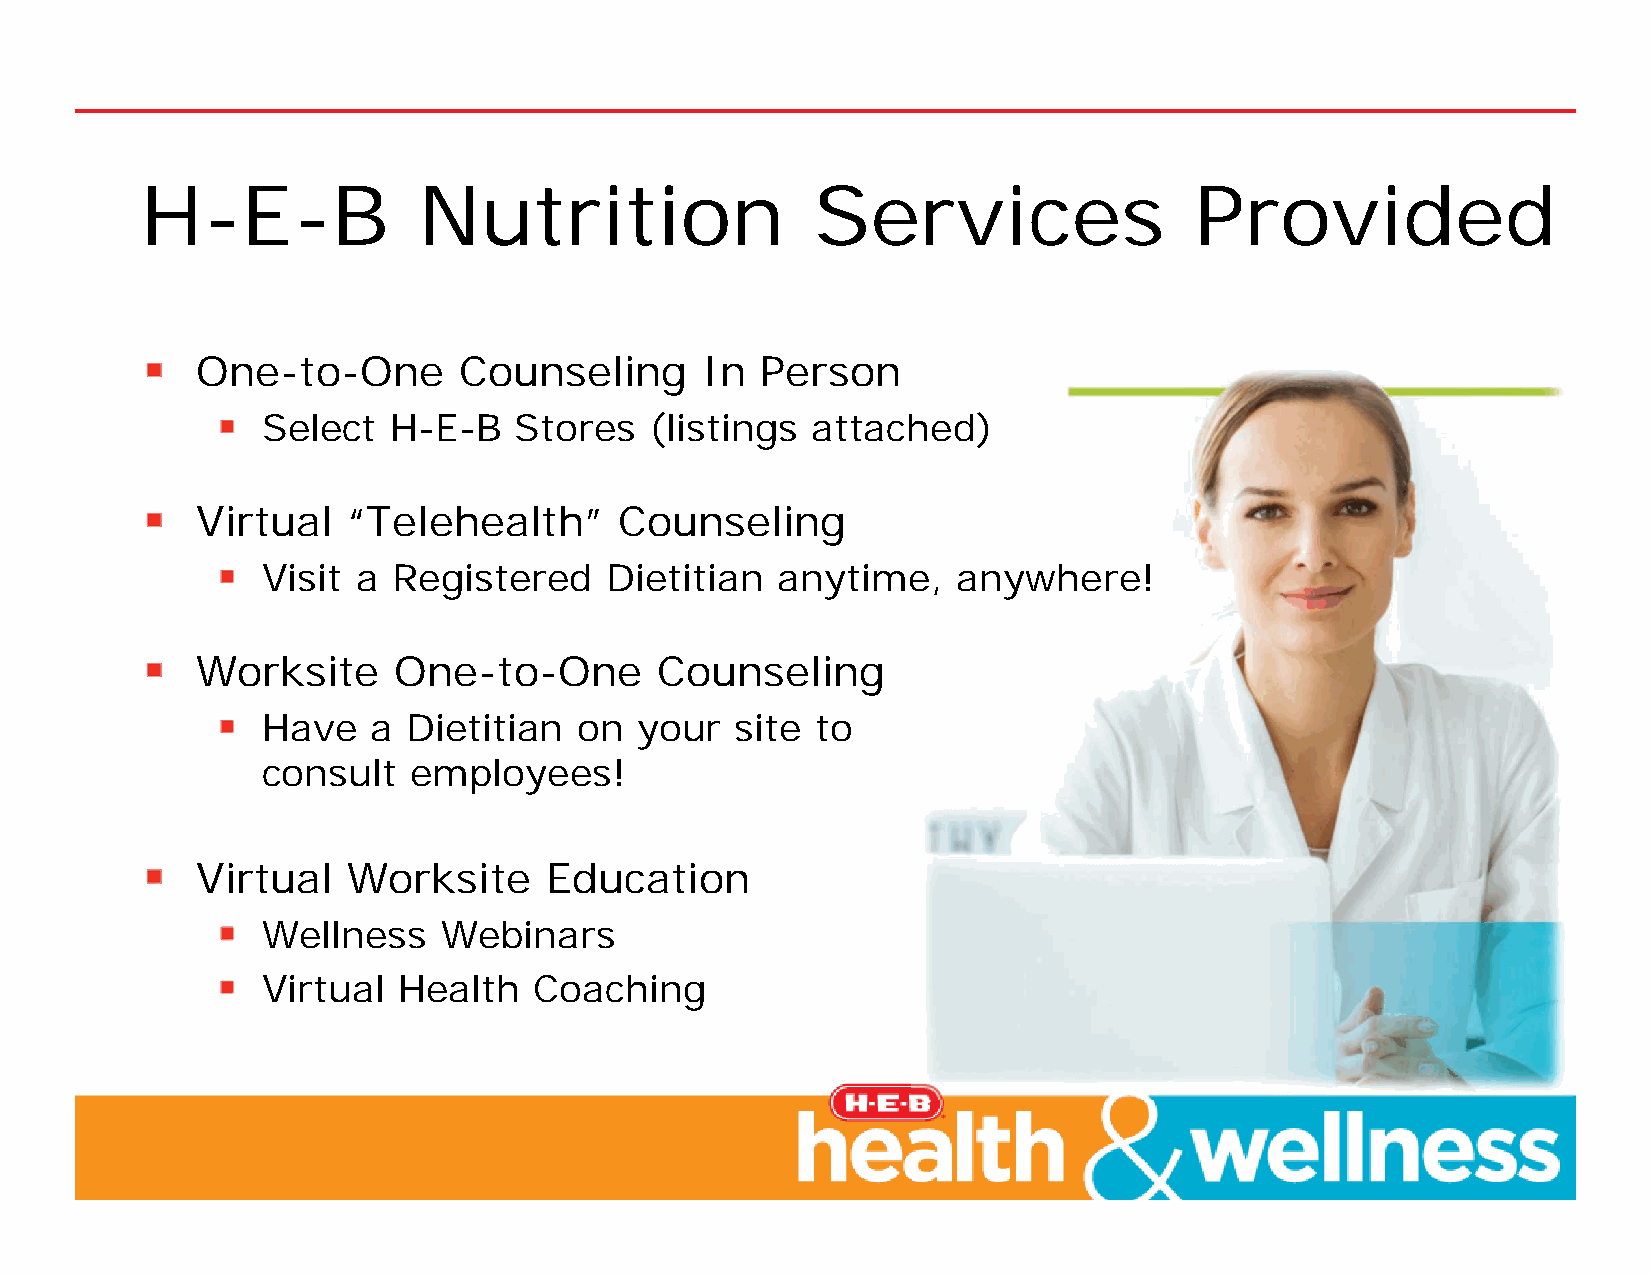
H-E-B              Nutrition                 Services                 Provided
 One-to-One       Counseling      In  Person
 Select   H-E-B   Stores   (listings  attached)
 Virtual   “Telehealth”      Counseling
 Visit  a Registered    Dietitian  anytime,    anywhere!
 Worksite     One-to-One       Counseling
 Have    a Dietitian  on  your   site to
 consult   employees!
 Virtual   Worksite     Education
 Wellness    Webinars
 Virtual  Health   Coaching